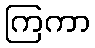
ကြကာ